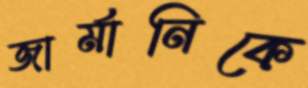
জার্মানিকে